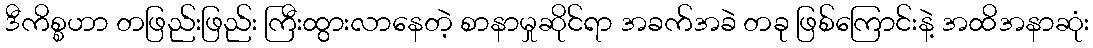
ဒီကိစ္စဟာ တဖြည်းဖြည်း ကြီးထွားလာနေတဲ့ စာနာမှုဆိုင်ရာ အခက်အခဲ တခု ဖြစ်ကြောင်းနဲ့ အထိအနာဆုံး